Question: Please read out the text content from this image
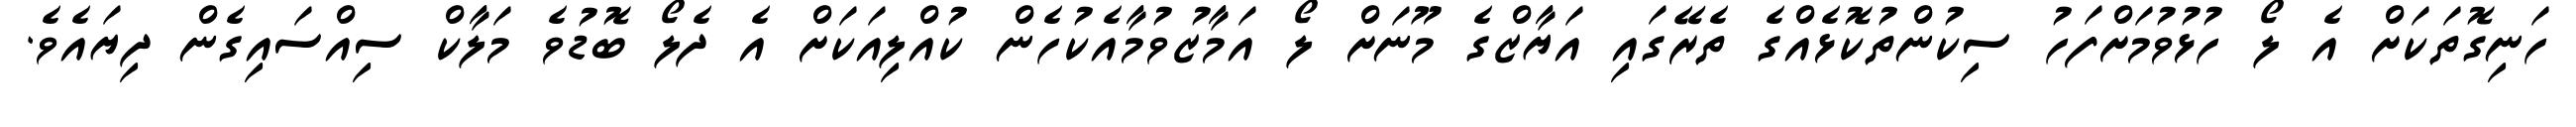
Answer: ހަނިގޮތަކަށް އެ ލޯ ހުޅުވުމަށްފަހު ސިކުންތުކޮޅެއްގެ ތެރޭގައި އަޔާޒްގެ މޫނަށް ލޯ އަމާޒުވުމާއެކުހެން ކުއްލިއަކަށް އެ ދެލޯ ބޮޑުވެ މަލާކް ސިއްސައިގެން ދިޔައެވެ.